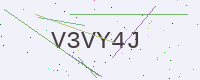
Text: V3VY4J